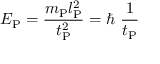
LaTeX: E _ { \mathrm { P } } = { \frac { m _ { \mathrm { P } } l _ { \mathrm { P } } ^ { 2 } } { t _ { \mathrm { P } } ^ { 2 } } } = \hbar \ { \frac { 1 } { t _ { \mathrm { P } } } }